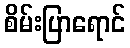
စိမ်းပြာရောင်